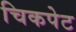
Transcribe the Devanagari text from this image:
चिकपेट